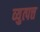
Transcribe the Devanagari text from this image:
व्युत्पत्त